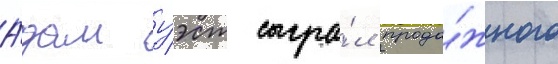
А́дам уэст сыгра́л прода́жного